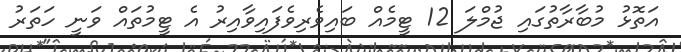
އަތޮޅު މުބާރާތުގައި ޖުމްލަ 12 ޓީމެއް ބައިވެރިވެފައިވާއިރު އެ ޓީމުތައް ވަނީ ހަތަރު